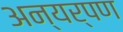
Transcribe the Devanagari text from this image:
अन्यर्पण